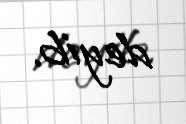
deyib.